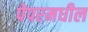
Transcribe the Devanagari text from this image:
पेपरमधील